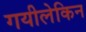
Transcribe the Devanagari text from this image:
गयीलेकिन